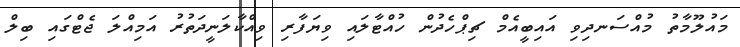
މައުލޫމާތު މުއްސަނދިވި އައިބީއެމް ޗިޕްހެދުން ހުއްޓާލައި ވިޔަފާރި ވިއްކާލަނީދަތުރު އަމިއްލަ ޖެޓްގައި ބިލް